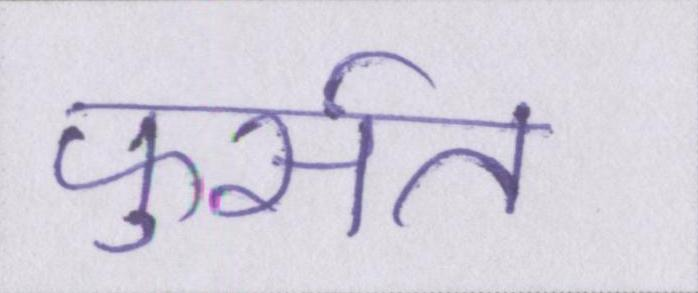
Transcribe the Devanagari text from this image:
फुर्सत